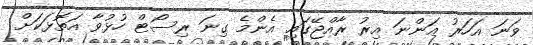
ވަނަ އަހަރު އަންނަ އިރު ރާއްޖޭގައި އެންމެ ގިނަ ރިސޯޓް ހުޅުވާ އަތޮޅަކަށް